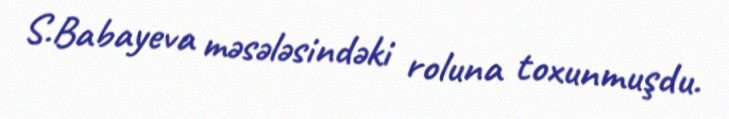
S.Babayeva məsələsindəki roluna toxunmuşdu.